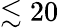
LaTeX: \lesssim 20